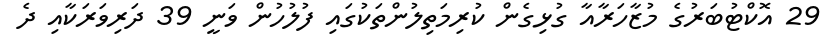
29 އޮކްޓުބަރުގެ މުޒާހަރާއާ ގުޅިގެން ކުރިމަތިލުންތަކުގައި ފުލުހުން ވަނީ 39 ދަރިވަރަކާއި ދެ